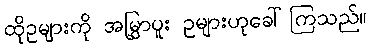
ထိုဥများကို အမြွှာပူး ဥများဟုခေါ်ကြသည်။